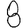
Digit: 8